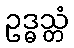
ဥဒ္ဓသ္တံ